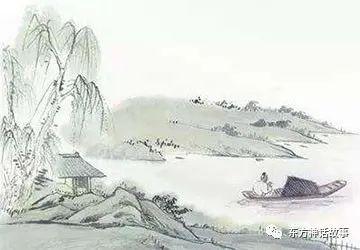
堪怨王孙，不记归期早。